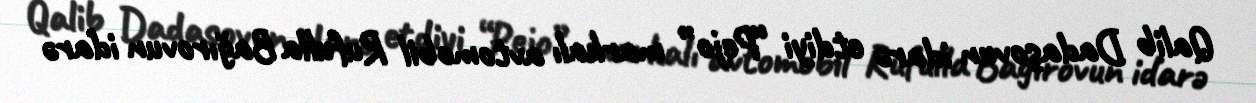
Qalib Dadaşovun idarə etdiyi “Pejo” markalı avtomobil Rufulla Bağırovun idarə